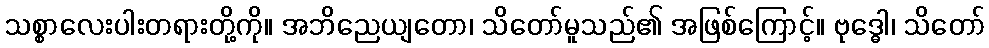
သစ္စာလေးပါးတရားတို့ကို။ အဘိညေယျတော၊ သိတော်မူသည်၏ အဖြစ်ကြောင့်။ ဗုဒ္ဓေါ၊ သိတော်